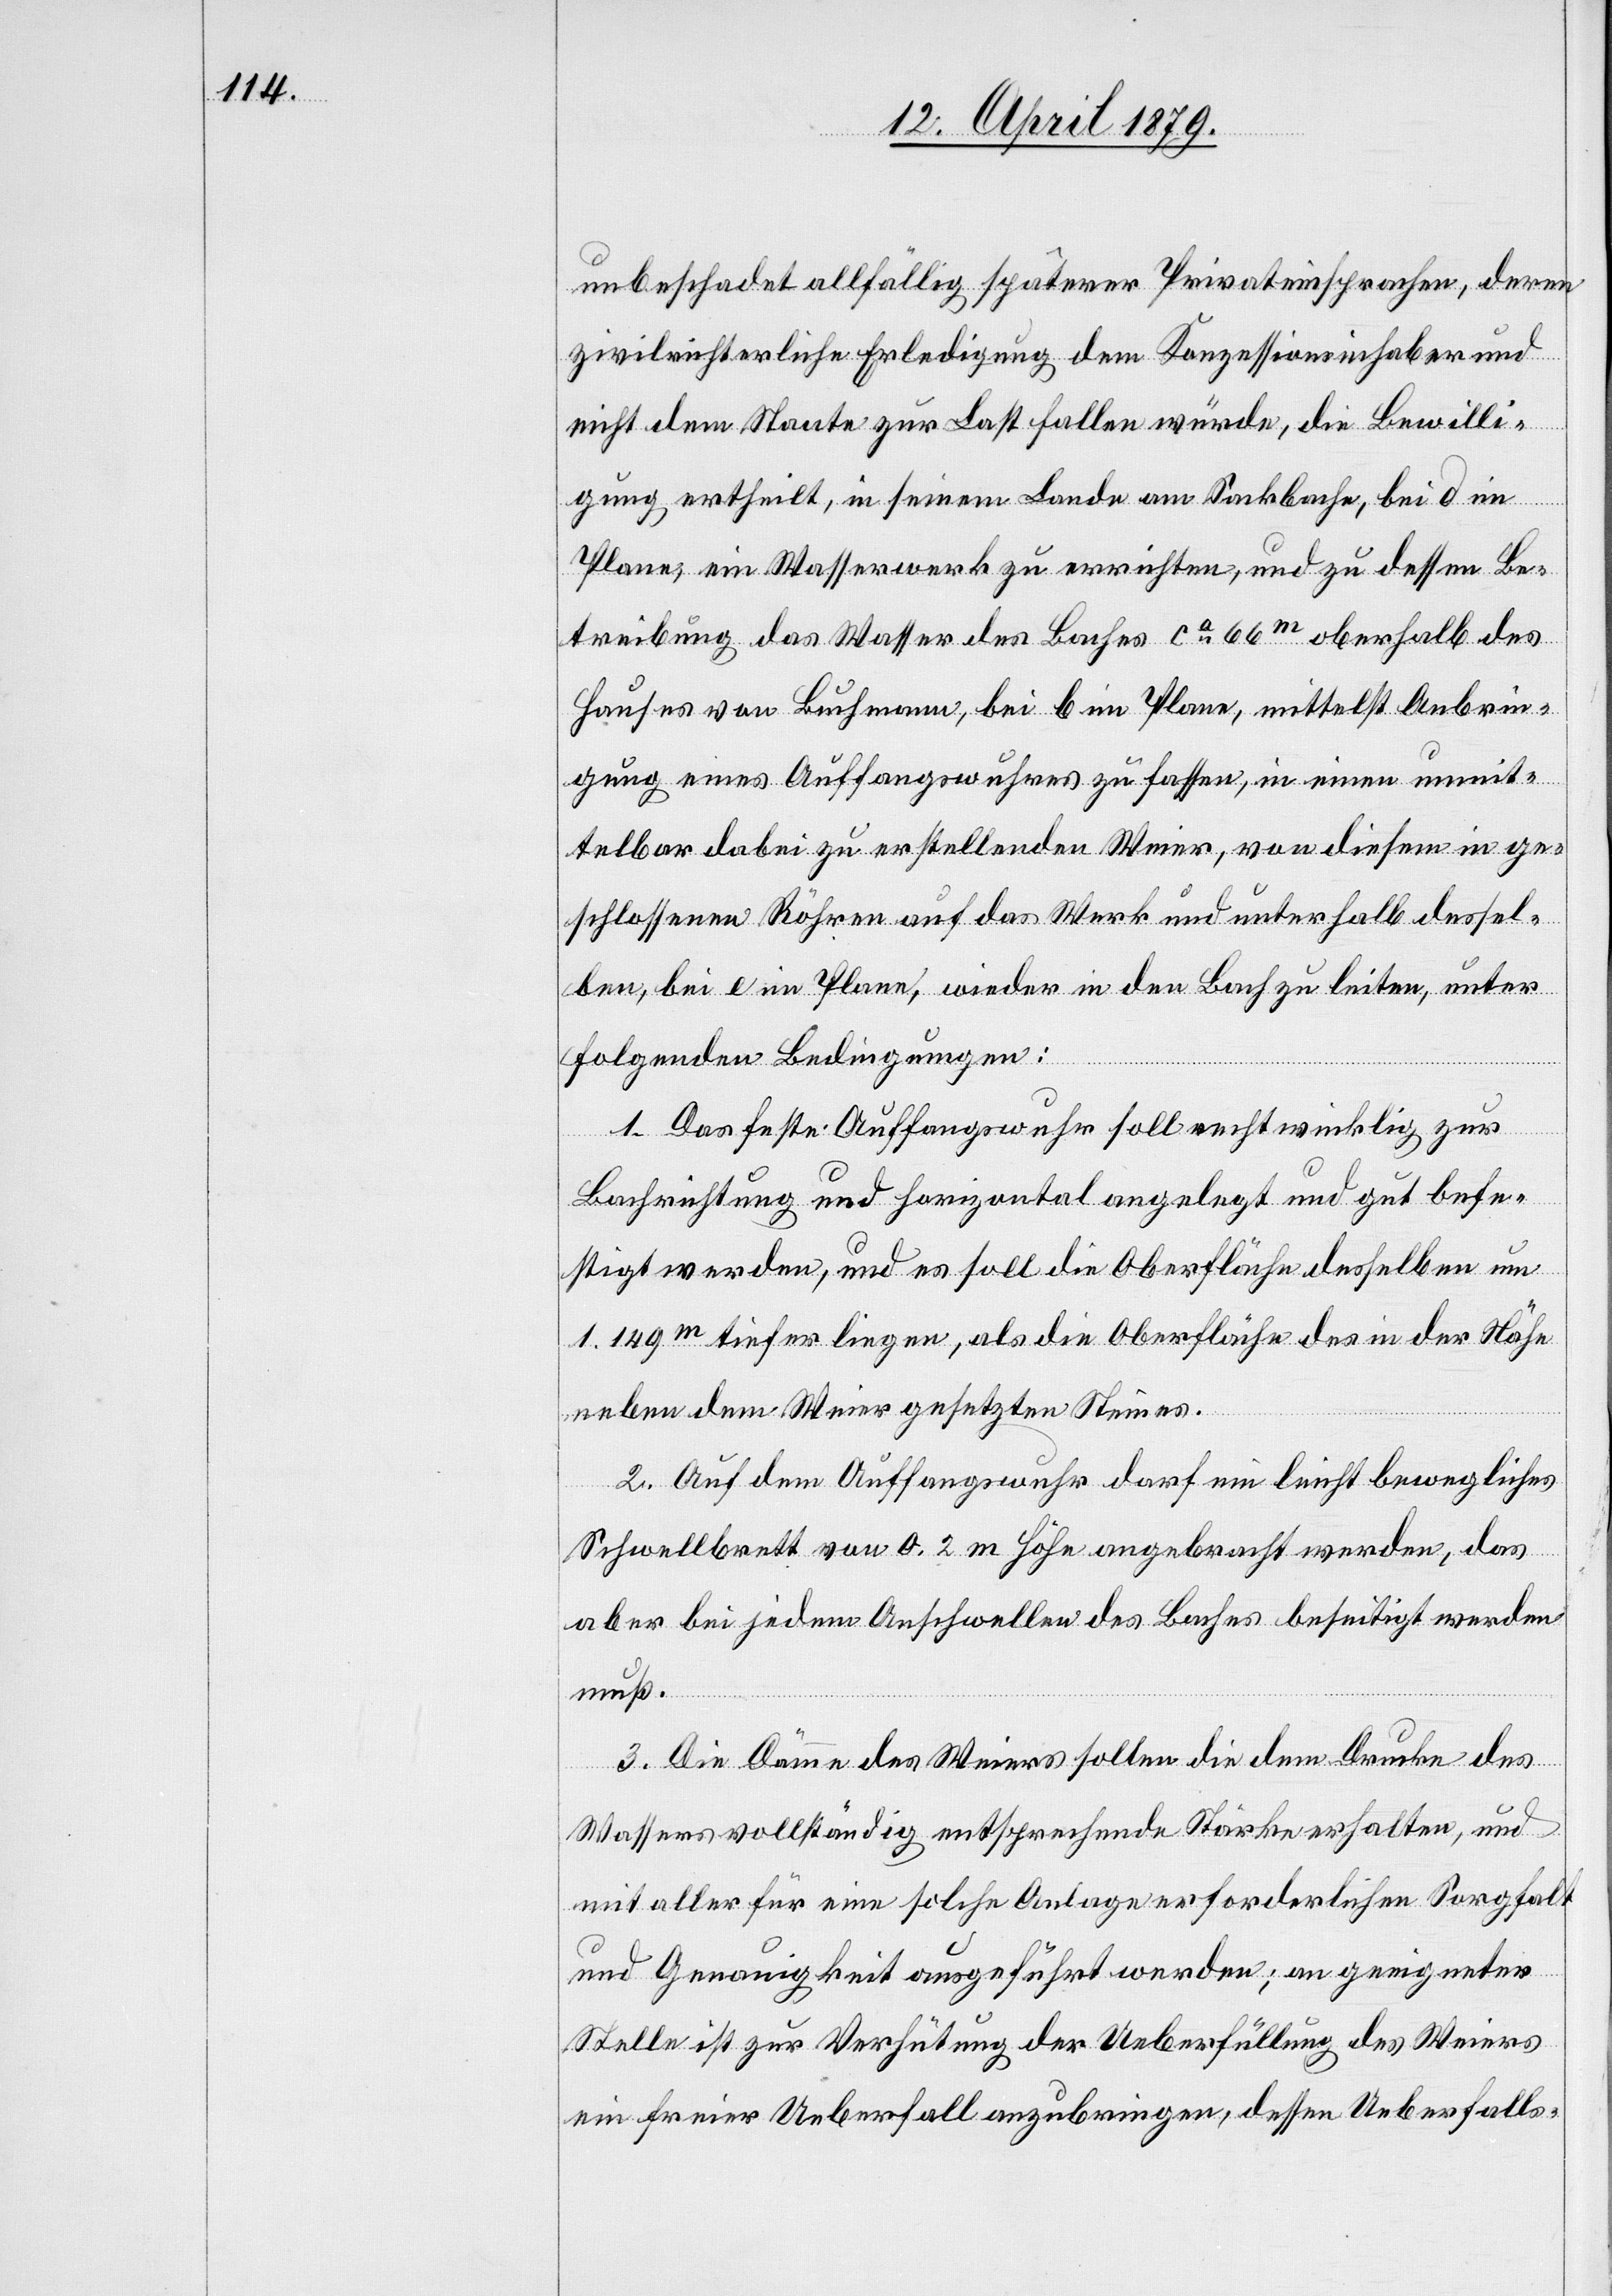
unbeschadet allfällig späterer Privateinsprachen, deren
zivilrichterliche Erledigung dem Konzessionsinhaber und
nicht dem Staate zur Last fallen würde, die Bewilli¬
gung ertheilt, in seinem Lande am Sackbache, bei d im
Plane, ein Wasserwerk zu errichten, und zu dessen Be¬
treibung das Wasser des Baches ca 66m oberhalb des
Hauses von Buchmann, bei b im Plane, mittelst Anbrin¬
gung eines Auffangswuhres zu fassen, in einen unmit¬
telbar dabei zu erstellenden Weier, von diesem in ge¬
schlossenen Röhren auf das Werk und unterhalb dessel¬
ben, bei e im Plane, wieder in den Bach zu leiten, unter
folgenden Bedingungen:
1. Das feste Auffangswuhr soll rechtwinklig zur
Bachrichtung und horizontal angelegt und gut befe¬
stigt werden, und es soll die Oberfläche desselben um
1.149m tiefer liegen, als die Oberfläche des in der Nähe
neben dem Weier gesetzten Steines.
2. Auf dem Auffangswuhr darf ein leicht bewegliches
Schwellbrett von 0.2 m Höhe angebracht werden, das
aber bei jedem Anschwellen des Baches beseitigt werden
muß.
3. Die Dämme des Weiers sollen die dem Drucke des
Wassers vollständig entsprechende Stärke erhalten, und
mit aller für eine solche Anlage erforderlichen Sorgfalt
und Genauigkeit ausgeführt werden; an geeigneter
Stelle ist zur Verhütung der Ueberfüllung des Weiers
ein freier Ueberfall anzubringen, dessen Ueberfalls-